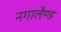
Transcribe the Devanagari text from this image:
नगालैण्ड